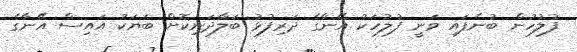
ފުލުހުން ބުނެފައި ވަނީ ފުލުހަކު އޭނާގެ ދަރިފުޅު ބަލާދަނިކޮށް ބަޔަކު އައިސް އޭނާގެ